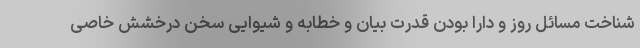
شناخت مسائل روز و دارا بودن قدرت بیان و خطابه و شیوایی سخن درخشش خاصی